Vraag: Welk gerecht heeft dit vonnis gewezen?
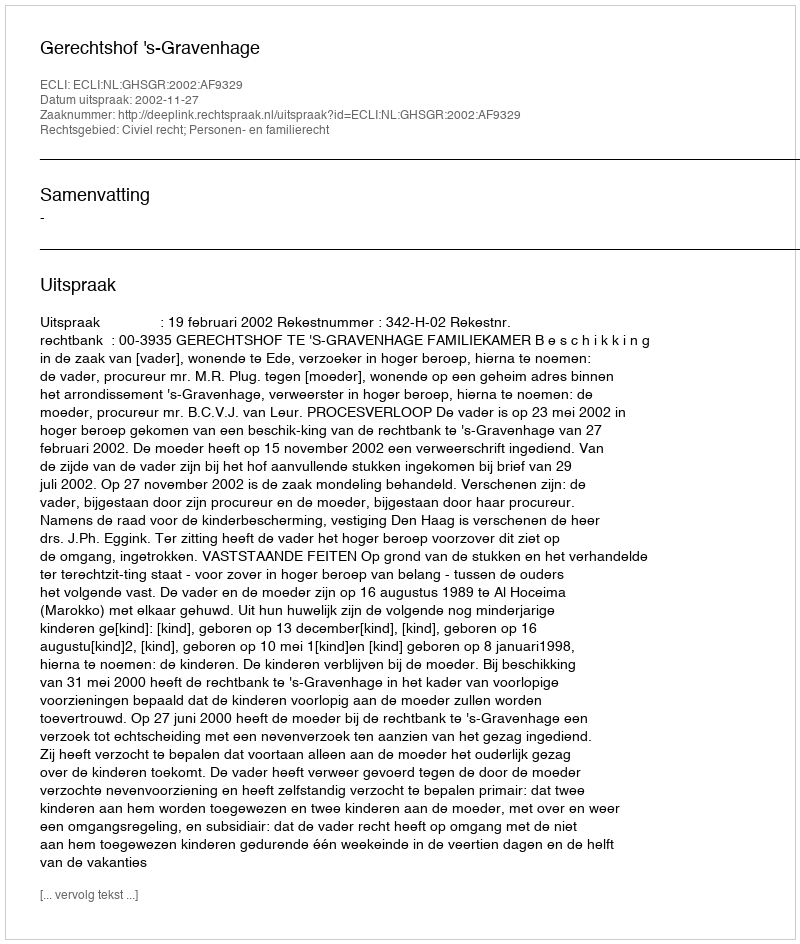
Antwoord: Gerechtshof 's-Gravenhage